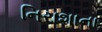
નિરાશાના